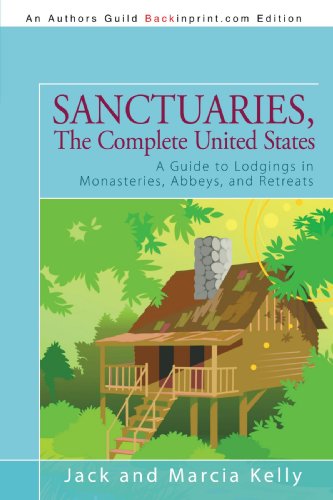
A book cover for Sanctuaries, The Complete United States: A Guide to Lodgings in Monasteries, Abbeys, and Retreats; Jack Kelly; Travel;